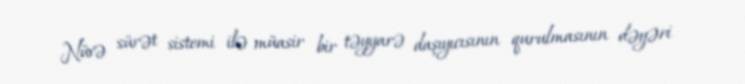
Nüvə sürət sistemi ilə müasir bir təyyarə daşıyıcısının qurulmasının dəyəri